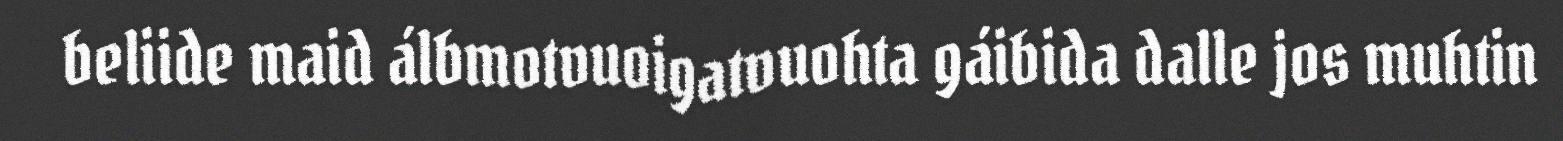
beliide maid álbmotvuoigatvuohta gáibida dalle jos muhtin